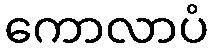
ကောလာပံ